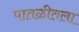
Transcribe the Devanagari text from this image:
पातळीतला